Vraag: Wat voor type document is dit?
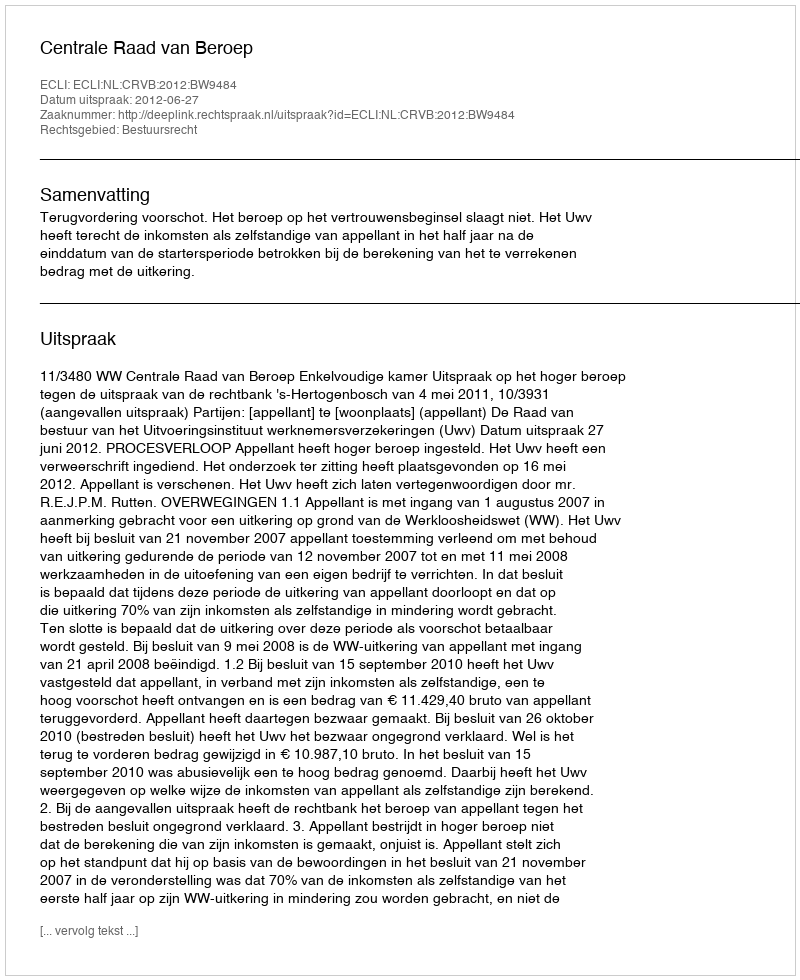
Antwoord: Uitspraak